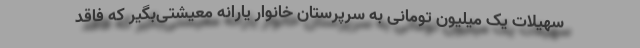
سهیلات یک میلیون تومانی به سرپرستان خانوار یارانه معیشتی‌بگیر که فاقد